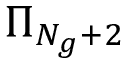
\Pi _ { N _ { g } + 2 }